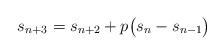
LaTeX: \begin{align*} s_{n+3} = s_{n+2} + p\big(s_{n} - s_{n-1}\big)\end{align*}